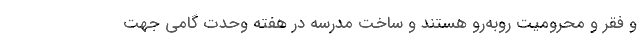
و فقر و محرومیت روبه‌رو هستند و ساخت مدرسه در هفته وحدت گامی جهت